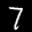
Label: 7